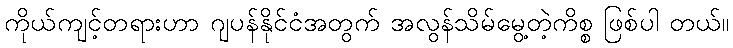
ကိုယ်ကျင့်တရားဟာ ဂျပန်နိုင်ငံအတွက် အလွန်သိမ်မွေ့တဲ့ကိစ္စ ဖြစ်ပါ တယ်။